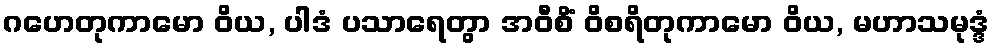
ဂဟေတုကာမော ဝိယ, ပါဒံ ပသာရေတွာ အဝီစိံ ဝိစရိတုကာမော ဝိယ, မဟာသမုဒ္ဒံ